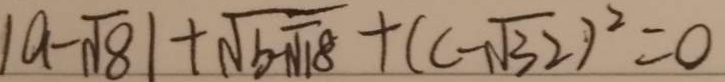
\vert a - \sqrt { 8 } \vert + \sqrt { b - N 1 8 } + ( c - \sqrt { 3 2 } ) ^ { 2 } = 0